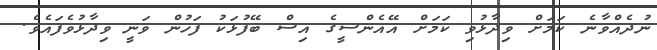
ނުދެއްވާނެ ކަަމަށް ވިދާޅުވި ކަމަށް އޭއެންސީގެ އިސް ބޭފުޅަކު ފަހުން ވަނީ ވިދާޅުވެފައެވެ.